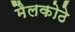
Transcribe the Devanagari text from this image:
मैलकोठे